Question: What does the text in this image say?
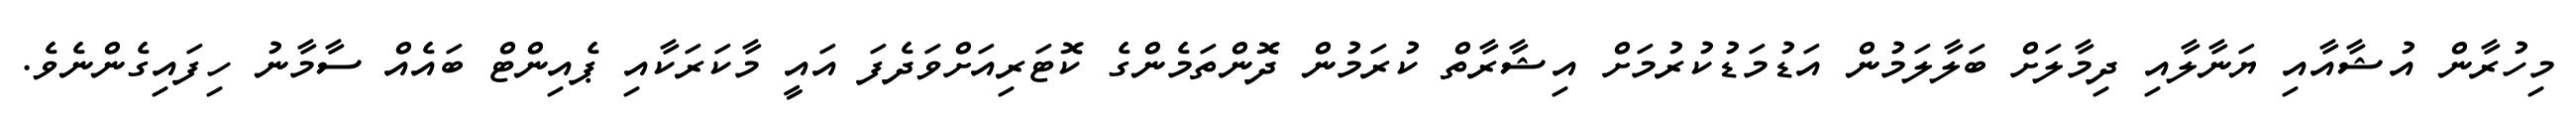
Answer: މިހުރާން އުޝާއާއި ޔަނާލާއި ދިމާލަށް ބަލާލަމުން އަޑުމަޑުކުރުމަށް އިޝާރާތް ކުރަމުން ދޮންތަމެންގެ ކޮޓަރިއަށްވަދެފަ އައީ މާކަރަކާއި ޕެއިންޓް ބައެއް ސާމާނު ހިފައިގެންނެވެ.